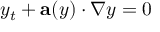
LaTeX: y _ { t } + \mathbf { a } ( y ) \cdot \nabla y = 0